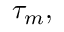
\tau _ { m } ,